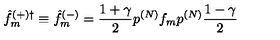
{ \hat { f } } _ { m } ^ { ( + ) \dagger } \equiv { \hat { f } } _ { m } ^ { ( - ) } = \frac { 1 + { \gamma } } { 2 } p ^ { ( N ) } f _ { m } p ^ { ( N ) } \frac { 1 - { \gamma } } { 2 }